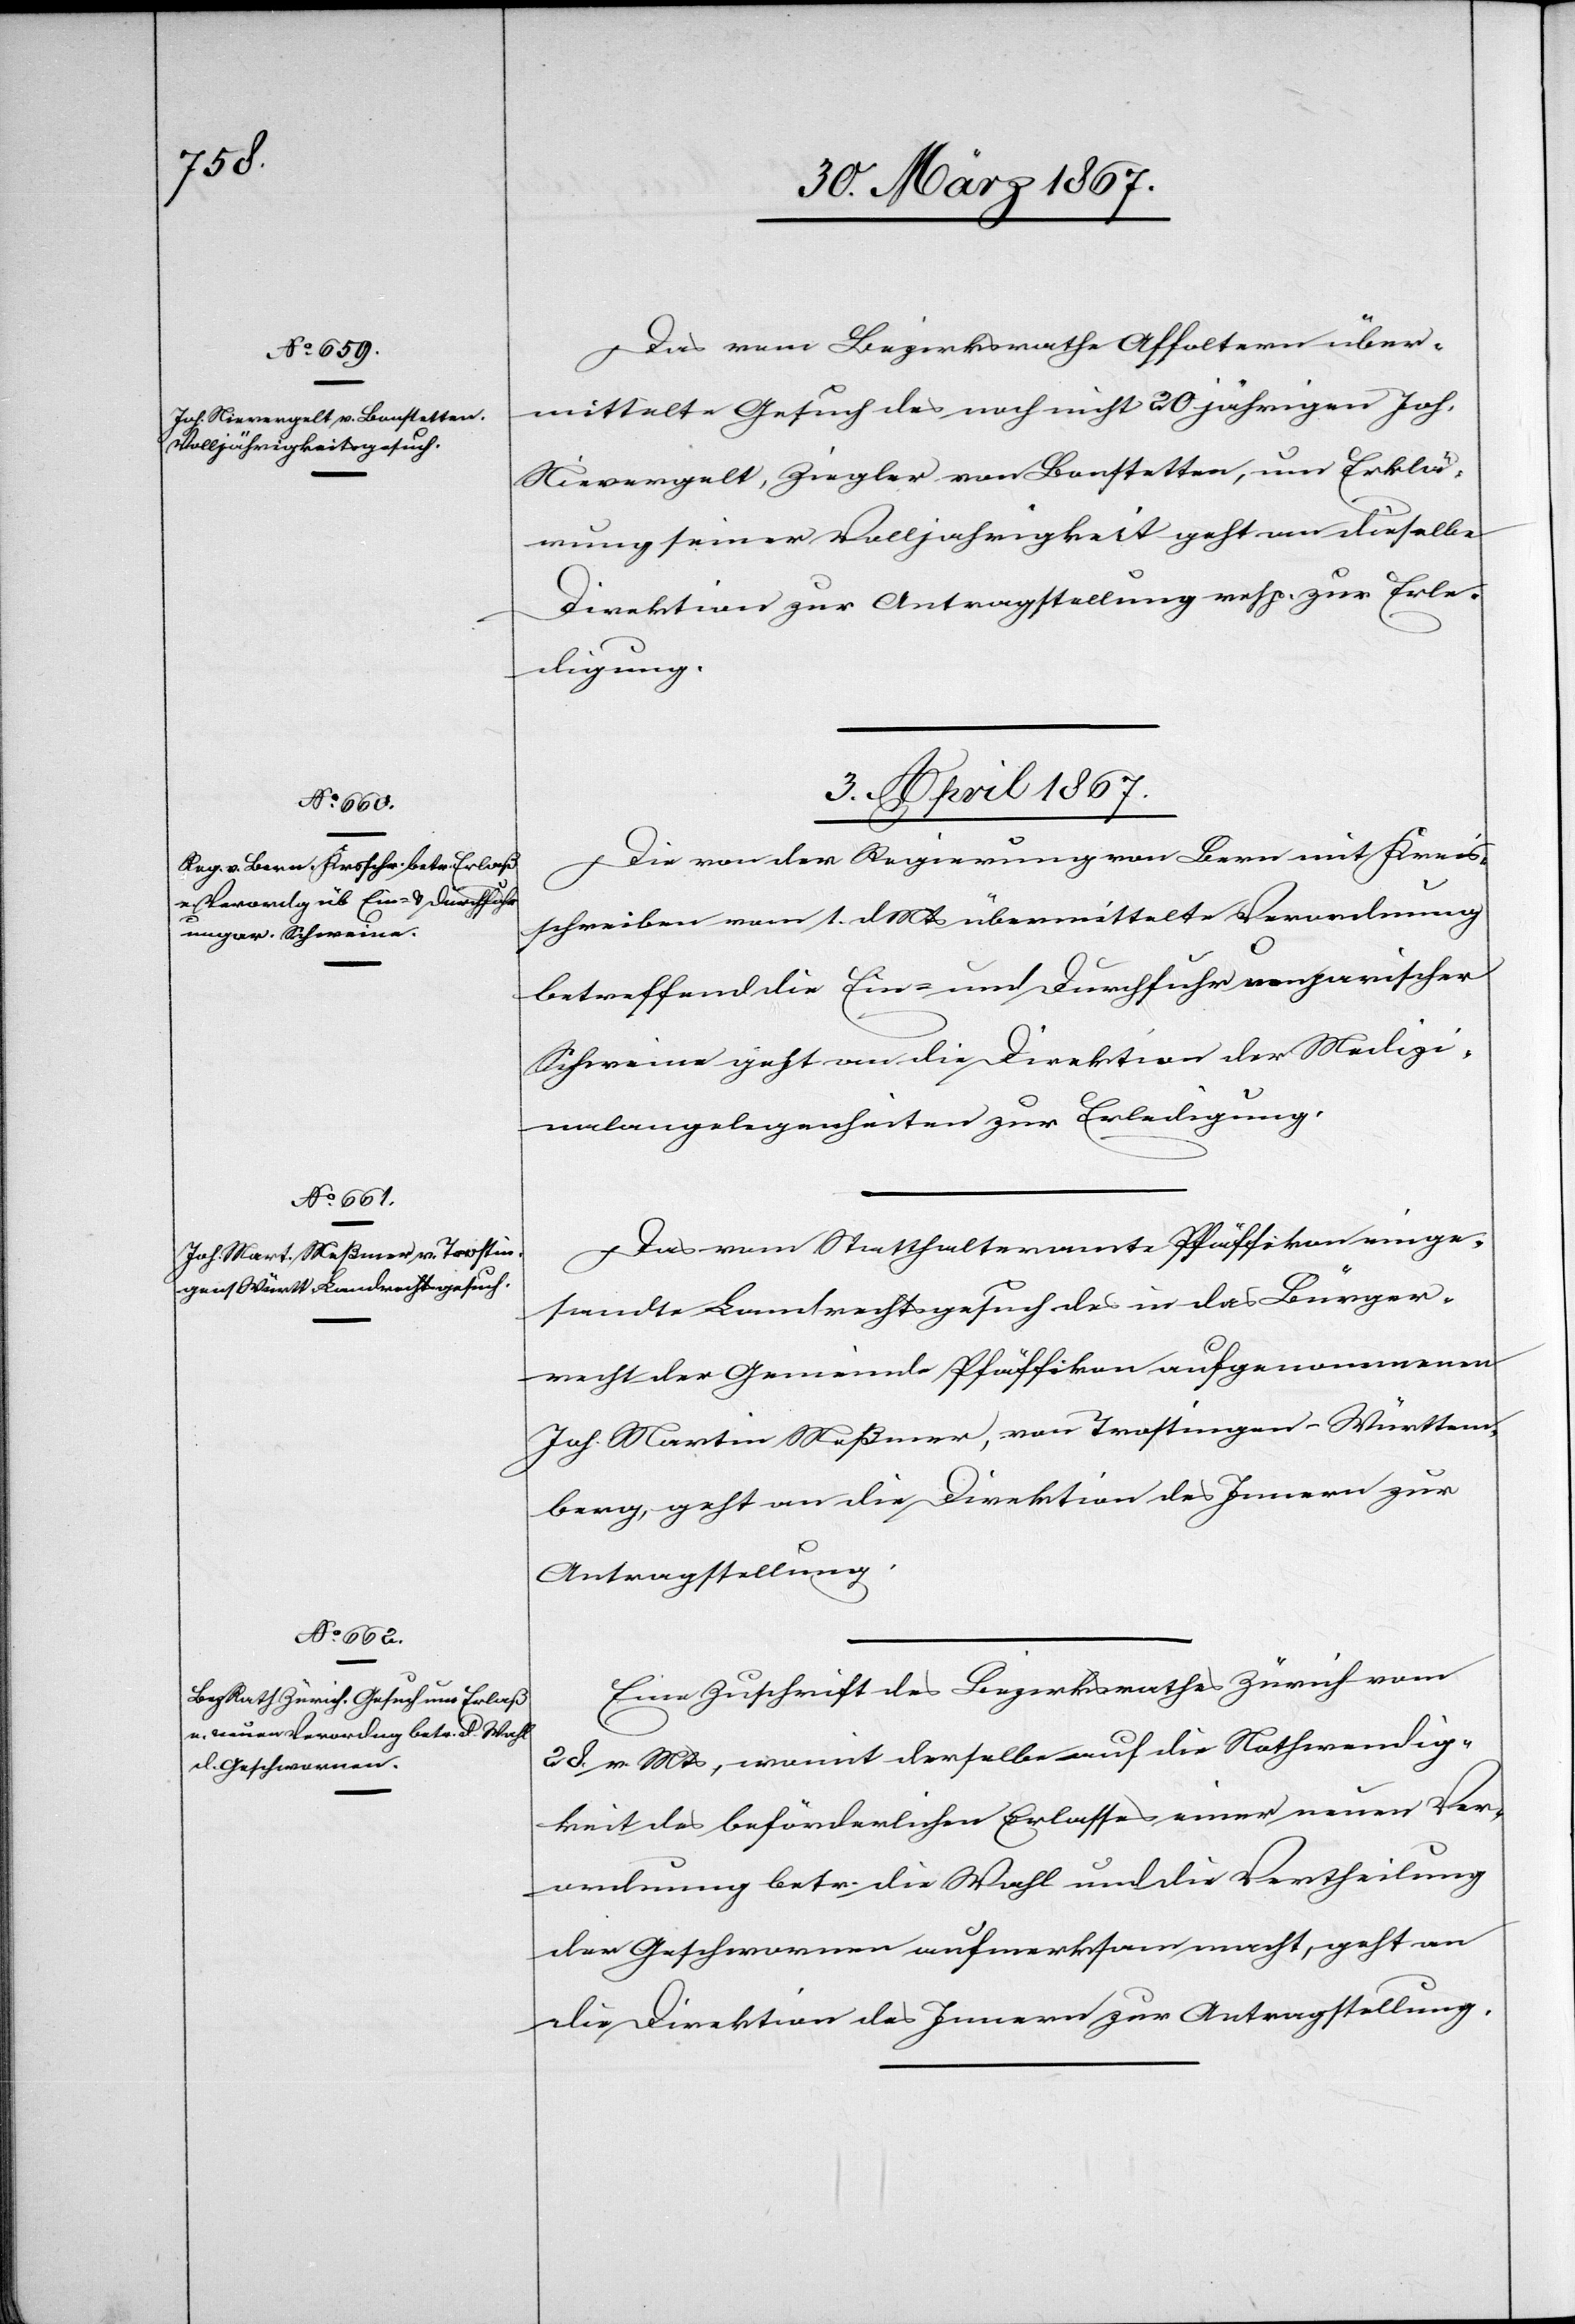
Das vom Bezirksrathe Affoltern über¬
mittelte Gesuch des noch nicht 20 jährigen Joh.
Nievergelt, Ziegler von Bonstetten, um Erklä¬
rung seiner Volljährigkeit geht an dieselbe
Direktion zur Antragstellung resp. zur Erle¬
digung.
3. April 1867.]
Die von der Regierung von Bern mit Kreis¬
schreiben vom 1. d. Mts übermittelte Verordnung
betreffend die Ein- und Durchfuhr ungarischer
Schweine geht an die Direktion der Medizi¬
nalangelegenheiten zur Erledigung.
Das vom Statthalteramte Pfäffikon einge¬
sandte Landrechtsgesuch des in das Bürger¬
recht der Gemeinde Pfäffikon aufgenommenen
Joh. Martin Meßmer, von Trostingen-Württem¬
berg, geht an die Direktion des Innern zur
Antragstellung.
Eine Zuschrift des Bezirksrathes Zürich vom
28. v. Mts, womit derselbe auf die Nothwendig¬
keit des beförderlichen Erlasses einer neuen Ver¬
ordnung betr. die Wahl und die Vertheilung
der Geschworenen aufmerksam macht, geht an
die Direktion des Innern zur Antragstellung.